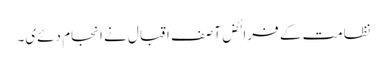
نظامت کے فرائض آصف اقبال نے انجام دئےی۔